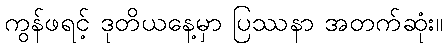
ကွန်ဖရင့် ဒုတိယနေ့မှာ ပြဿနာ အတက်ဆုံး။